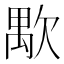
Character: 𱤸